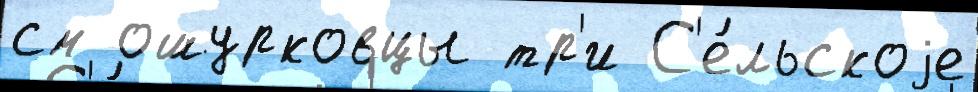
см ошурковцы тр'и С'е́льскоjе